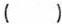
( )